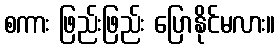
စကား ဖြည်းဖြည်း ပြောနိုင်မလား။